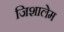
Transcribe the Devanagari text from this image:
जिशालेम